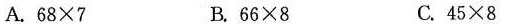
A.$$6 8 \times 7$$ B.$$6 6 \times 8$$ C.$$4 5 \times 8$$